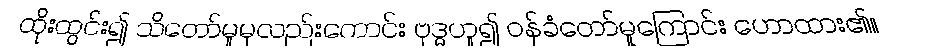
ထိုးထွင်း၍ သိတော်မူမှလည်းကောင်း ဗုဒ္ဓဟူ၍ ဝန်ခံတော်မူကြောင်း ဟောထား၏။